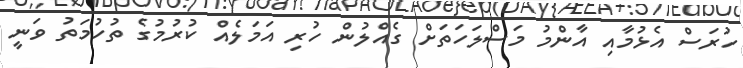
ހުރަސް އެޅުމާއި އާންމު މަސްލަހަތަށް ގެއްލުން ހުރި އަމަލެއް ކުރުމުގެ ތުހުމަތު ވަނީ